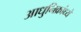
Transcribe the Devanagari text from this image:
आधुनिक्रांध्ये